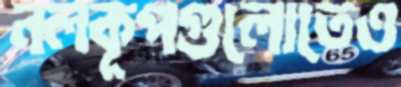
নলকূপগুলোতেও